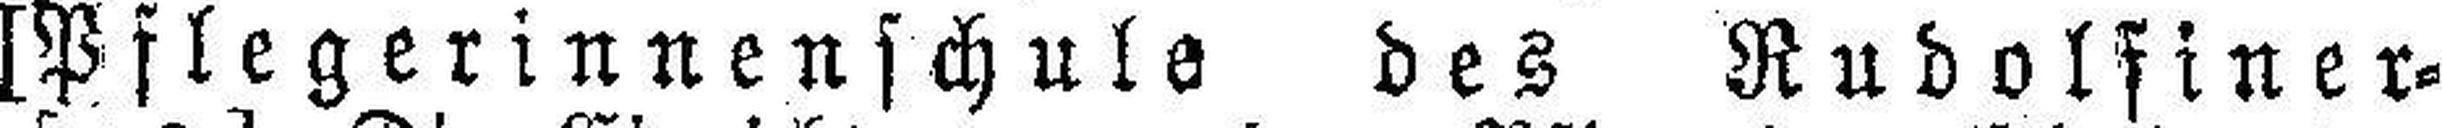
[Pflegerinnenschule des Rudolfiner¬